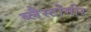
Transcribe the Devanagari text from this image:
ब्लैस्टोमीर